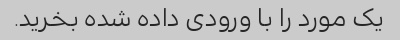
یک مورد را با ورودی داده شده بخرید.